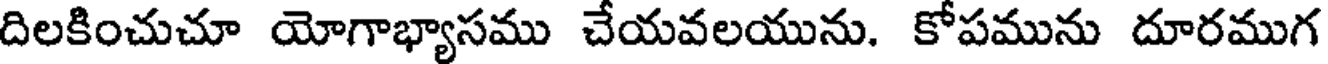
దిలకించుచూ యోగాభ్యాసము చేయవలయును. కోపమును దూరముగ